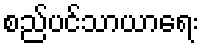
စည်ပင်သာယာရေး